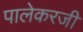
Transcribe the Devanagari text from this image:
पालेकरजी